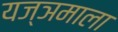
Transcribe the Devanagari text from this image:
यज्ञमाला